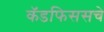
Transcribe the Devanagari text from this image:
कॅडफिससचे